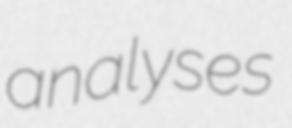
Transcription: analyses